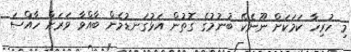
މި ހުރިހާ ކަމަކަށް ނޫނެކޭ ބުނުމުގެ ގޮތުން އަޅުގަނޑުމެން ބާއްވާ ވަރަށް ހާއްސަ